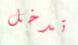
تدخل